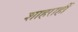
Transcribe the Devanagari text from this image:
शाहराहीं